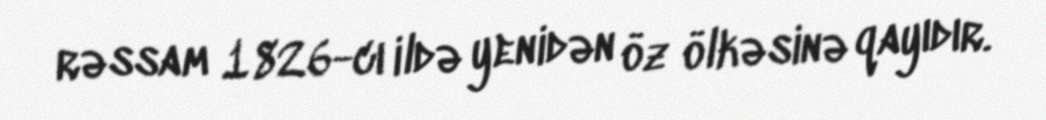
rəssam 1826-cı ildə yenidən öz ölkəsinə qayıdır.